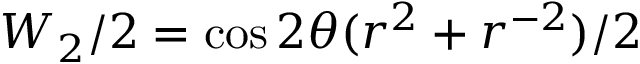
W _ { 2 } / 2 = \cos 2 \theta ( r ^ { 2 } + r ^ { - 2 } ) / 2